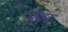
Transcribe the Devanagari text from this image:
चक्रए